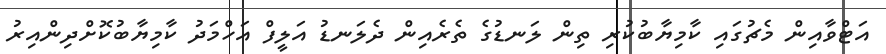
އަޓްވާއިން މެޗުގައި ކާމިޔާބުކުރި ތިން ލަނޑުގެ ތެރެއިން ދެލަނޑު އަލީފް އަހްމަދު ކާމިޔާބުކޮށްދިންއިރު